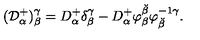
( { \cal D } _ { \alpha } ^ { + } ) _ { \beta } ^ { \gamma } = D _ { \alpha } ^ { + } \delta _ { \beta } ^ { \gamma } - D _ { \alpha } ^ { + } \varphi _ { \beta } ^ { \breve { \beta } } \varphi _ { \breve { \beta } } ^ { - 1 \gamma } .